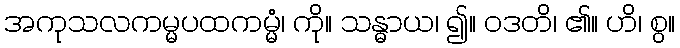
အကုသလကမ္မပထကမ္မံ၊ ကို။ သန္ဓာယ၊ ၍။ ဝဒတိ၊ ၏။ ဟိ၊ စွ။